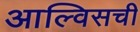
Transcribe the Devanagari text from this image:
आल्विसची